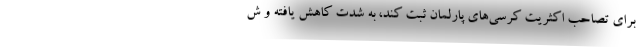
برای تصاحب اکثریت کرسی‌های پارلمان ثبت کند، به شدت کاهش یافته و ش